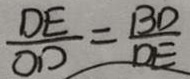
\frac { D E } { O D } = \frac { B D } { D E }